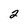
Character: 2